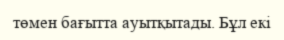
төмен бағытта ауытқытады. Бұл екі